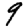
Digit: 9